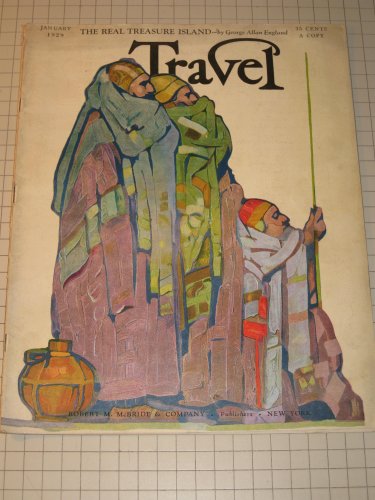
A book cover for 1929 TRAVEL Magazine: Ukrainian Gypsy Devil Dance - Antmen of Matmata - New Year on the Bosporus - Caracas,Venezuela; Travel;